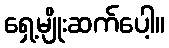
ရှေ့မျိုးဆက်ပေါ့။